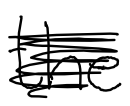
Text: the
Cross-out: scratch
Writing tool: digital_black